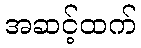
အဆင့်ထက်